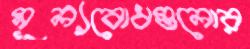
মূল্যবোধগুলোর